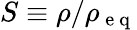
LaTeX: S\equiv\rho/\rho_{\mathrm{~e~q~}}